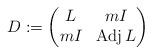
LaTeX: \begin{align*}D:=\begin{pmatrix}L&mI\\mI&\operatorname{Adj}L\end{pmatrix}\end{align*}